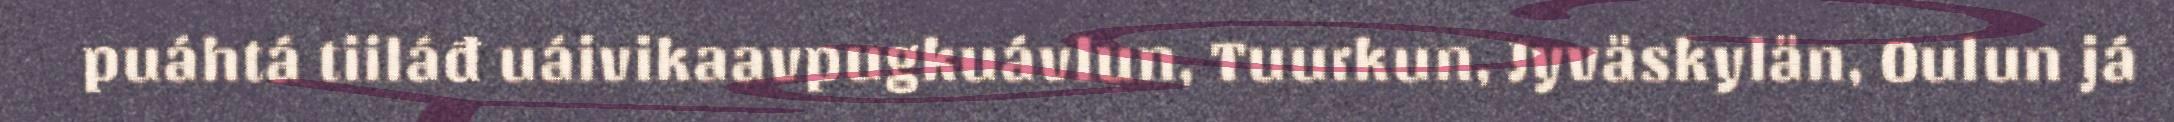
puáhtá tiiláđ uáivikaavpugkuávlun, Tuurkun, Jyväskylän, Oulun já